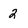
Character: 2